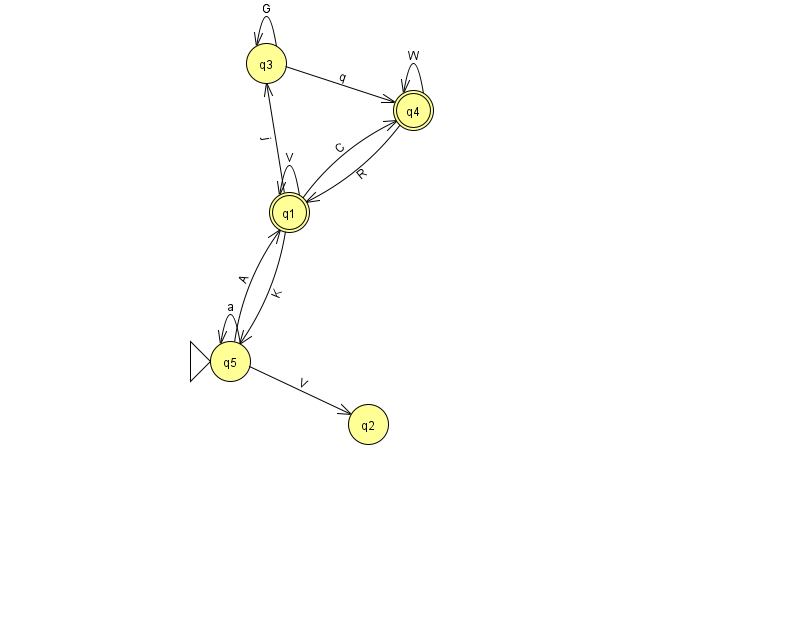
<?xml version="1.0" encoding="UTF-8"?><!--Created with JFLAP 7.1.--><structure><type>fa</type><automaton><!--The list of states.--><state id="1" name="q1"><x>289.0</x><y>199.0</y><final/></state><state id="2" name="q2"><x>368.0</x><y>411.0</y></state><state id="3" name="q3"><x>266.0</x><y>50.0</y></state><state id="4" name="q4"><x>413.0</x><y>97.0</y><final/></state><state id="5" name="q5"><x>230.0</x><y>348.0</y><initial/></state><!--The list of transitions.--><transition><from>5</from><to>5</to><read>a</read></transition><transition><from>1</from><to>5</to><read>K</read></transition><transition><from>1</from><to>1</to><read>V</read></transition><transition><from>3</from><to>3</to><read>G</read></transition><transition><from>4</from><to>4</to><read>W</read></transition><transition><from>4</from><to>1</to><read>R</read></transition><transition><from>1</from><to>4</to><read>C</read></transition><transition><from>3</from><to>4</to><read>q</read></transition><transition><from>5</from><to>2</to><read>V</read></transition><transition><from>1</from><to>3</to><read>j</read></transition><transition><from>5</from><to>1</to><read>A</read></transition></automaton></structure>